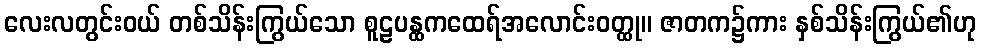
လေးလတွင်းဝယ် တစ်သိန်းကြွယ်သော စူဠပန္ထကထေရ်အလောင်းဝတ္ထု။ ဇာတက၌ကား နှစ်သိန်းကြွယ်၏ဟု